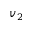
v _ { 2 }